Aleksander_Warma, lk 17
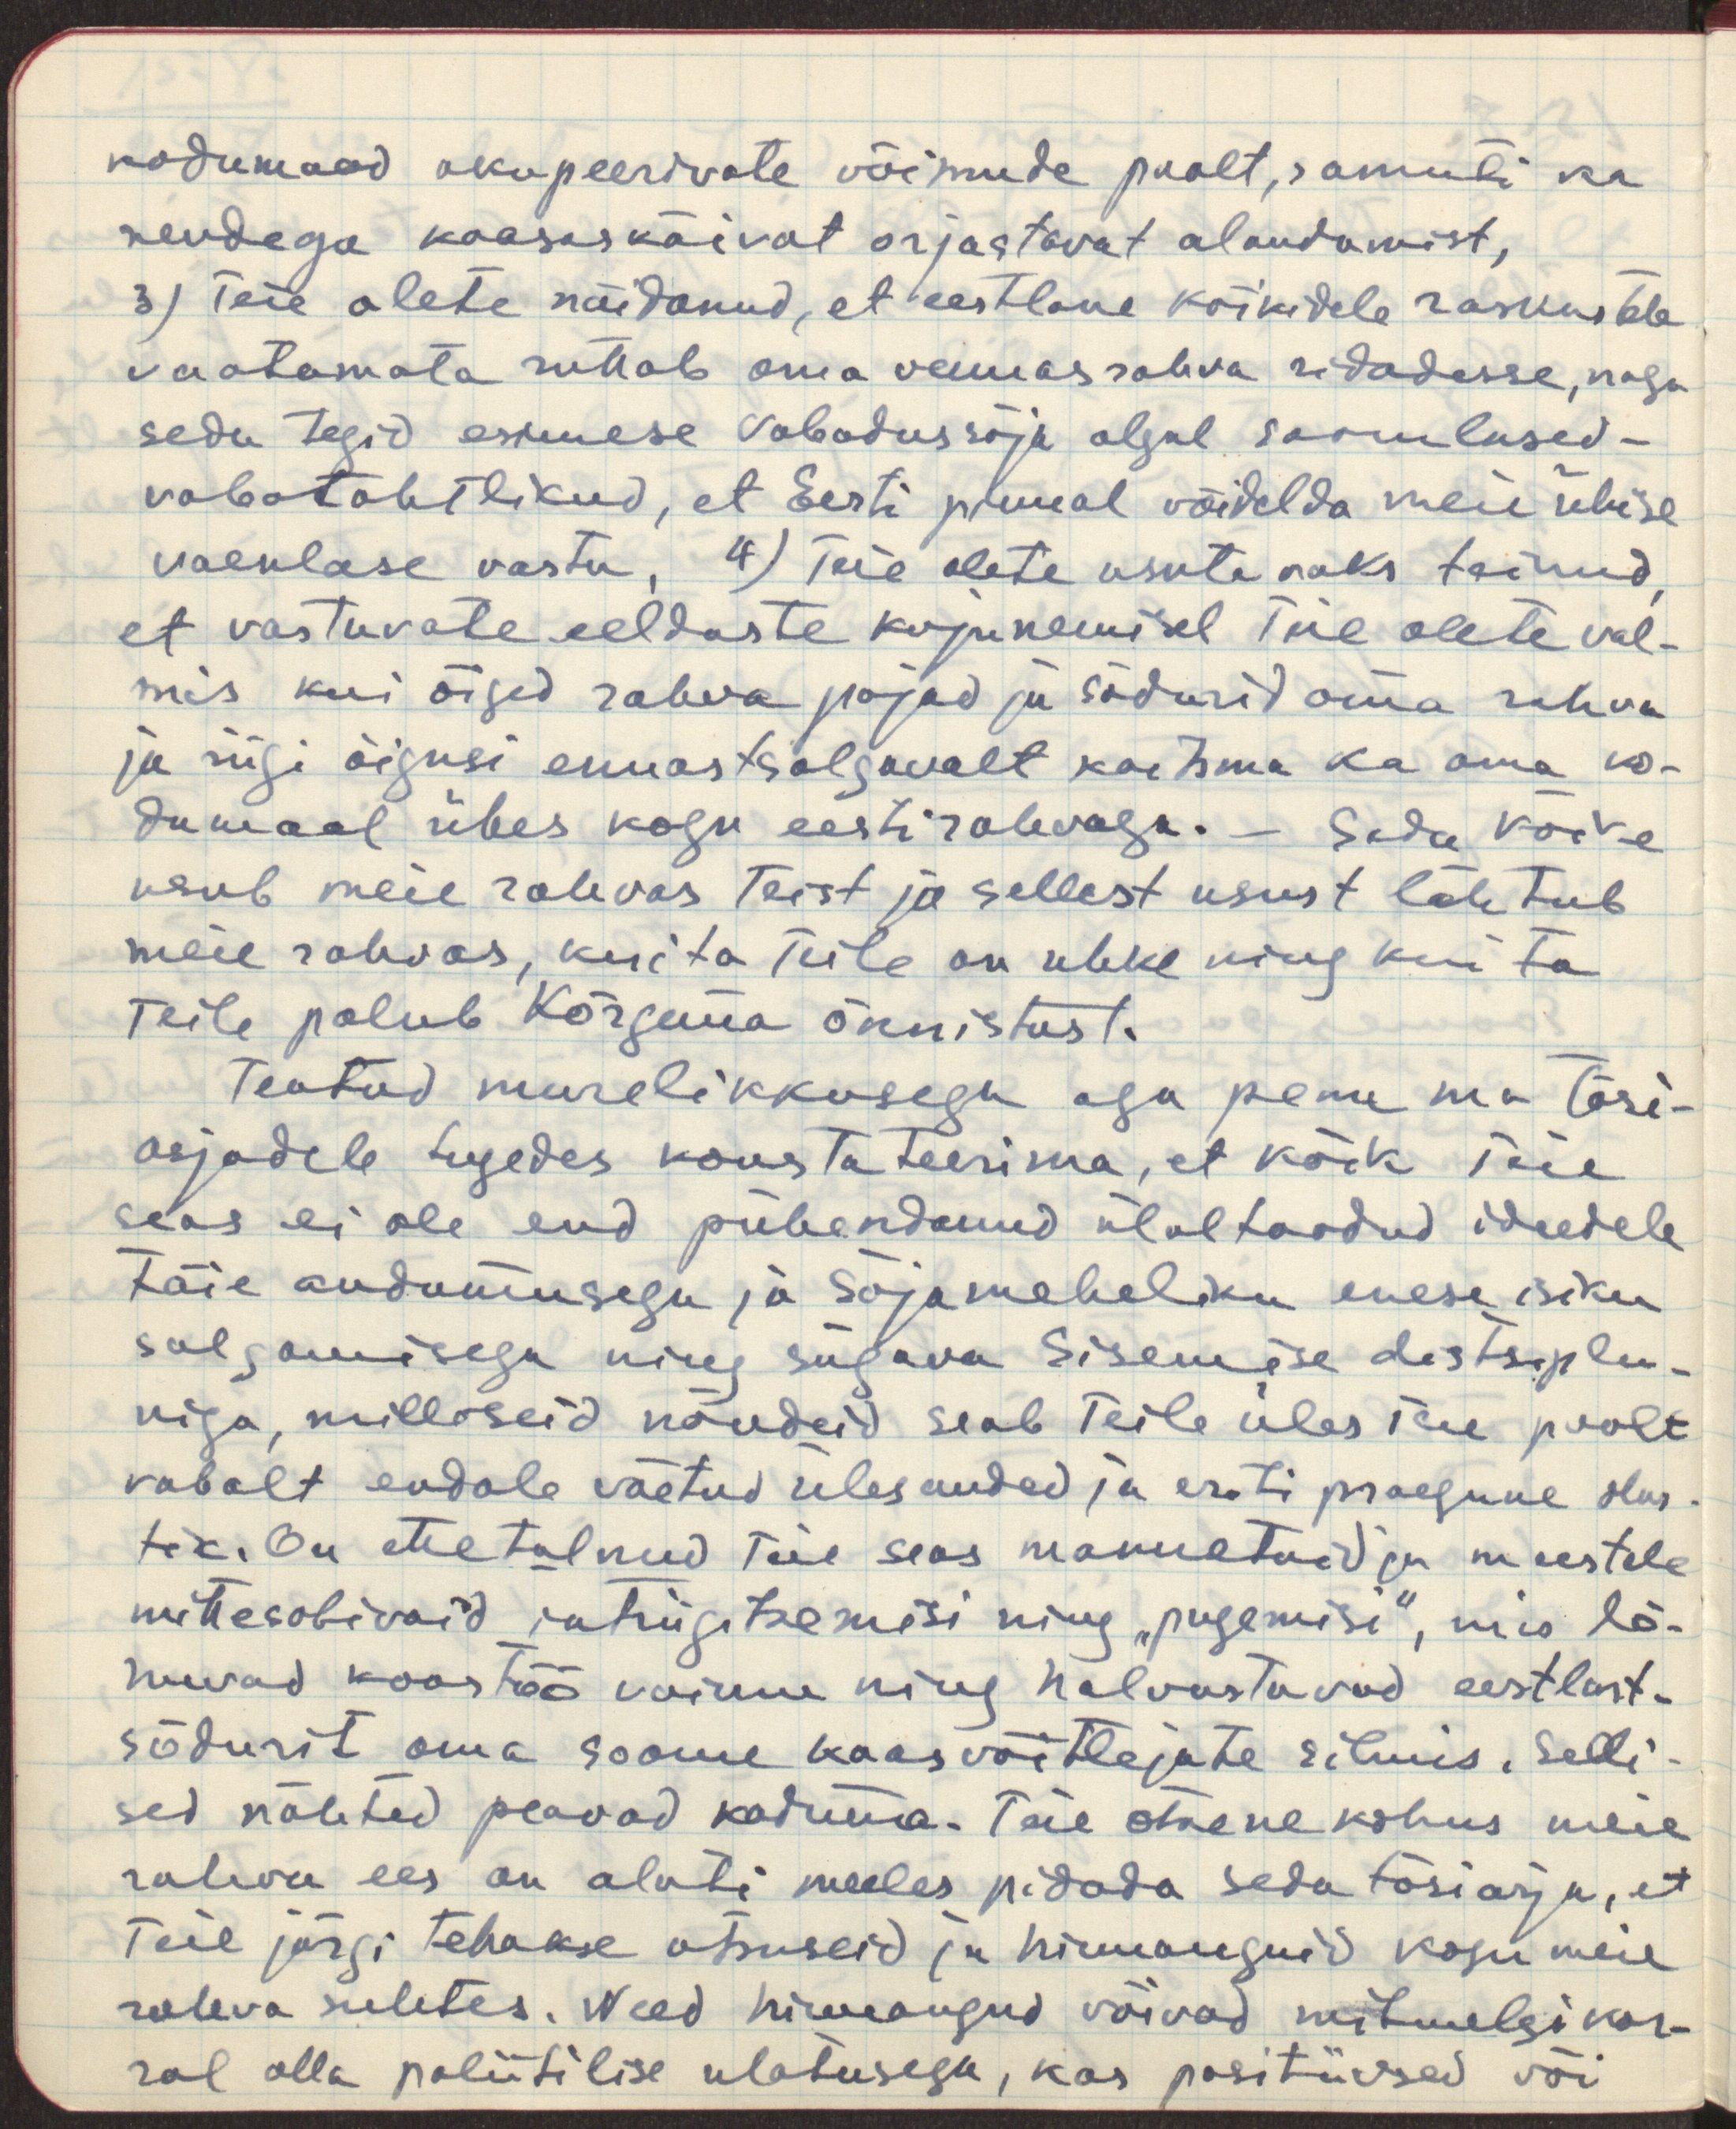
kodumaad okupeerivate võimude poolt, samuti ka
nendega kaasaskäivat orjastavat alandamist,
3) Teie olete näidanud, et eestlane kõikidele raskustele
vaatamata ruttab oma vennasrahva ridadesse, nagu
seda tegid esimese vabadussõja algul soomlased-
vabatahtlikud, et Eesti pinnal võidelda meie ühise
vaenlase vastu, 4) Teie olete usutavaks teinud,
et vastavate eelduste kujunemisel Teie olete val-
mis kui õiged rahva pojad ja sõdurid oma rahva
ja riigi õigusi ennastsalgavalt kaitsma ka oma ko-
dumaal ühes kogu eesti rahvaga. - Seda kõike
usub meie rahvas Teist ja sellest usust lähtub
meie rahvas, kui ta Teile on uhke ning kui ta
Teile palub Kõrgema õnnistust.
Teatud murelikkusega aga peame me tõsi-
asjadele tugedes konstanteenima, et kõik Teie
seas ei ole end pühendunud ülaltoodud ideedele
täie andumusega ja sõjameheliku enese isiku
salgamisega ning sügava sisemise distsiplii-
niga, milliseid nõudeid seab Teile üles Teie poolt
vabalt endale võetud ülesanded ja eriti praegune olus-
tik. On ettetulnud Teie seas mannetuid ja meestele
mittesobivaid intriigitsemisi ning "pugemisi", mis lõ-
huvad koostöö vaimu ning halvustavad eestlast-
sõdurit oma soome kaasvõitlejate silmis. Selli-
sed nähted peavad kaduma. Teie otsene kohus meie
rahva ees on alati meeles pidada seda tõsiasja, et
Teie järgi tehakse otsuseid ja hinnanguid kogu meie
rahva suhtes. Need hinnangud võivad mitmelgi kor-
ral olla poliitilise ulatusega, kas positiivsed või